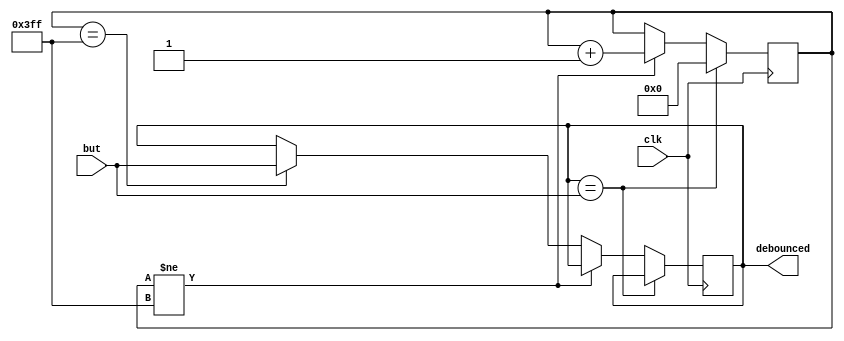
module debounce_13(input clk, but, output reg debounced);
	reg [9:0] debTimer;
	always @(posedge clk) begin
		if (debounced == but)
			debTimer <= 0;
		else if (debTimer != -10'b1)
			debTimer <= debTimer+1;
		else if (debTimer == -10'b1)
			debounced <= but;
	end
endmodule